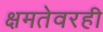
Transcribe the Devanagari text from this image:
क्षमतेवरही